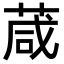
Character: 葴